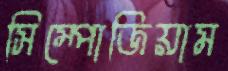
সিম্পোজিয়াম